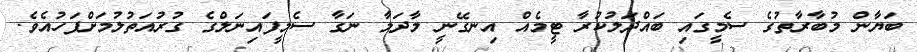
ބަޔާން މުބާރާތުގެ ސެމީގައި ބައްދަލުކުރާ ޓީމެއް އިނގޭނީ މާދަމާ ނަގާ ސެމީފައިނަލްގެ ގުރުއަތުލުމަށްފަހުއެވެ.